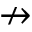
\nrightarrow